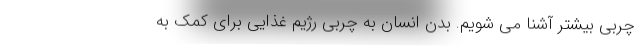
چربی بیشتر آشنا می شویم. بدن انسان به چربی رژیم غذایی برای کمک به